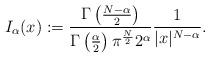
LaTeX: \begin{align*}I_\alpha(x):=\frac{\Gamma\left(\frac{N-\alpha}2\right)}{\Gamma\left(\frac{\alpha}2\right)\pi^\frac{N}22^\alpha}\frac{1}{|x|^{N-\alpha}}.\end{align*}